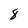
Character: 8